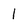
Character: 1